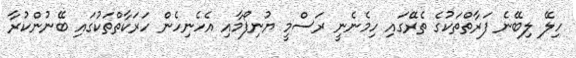
ހިލޭ ލިބޭނެ ފަރާތްތަކުގެ ތެރޭގައި ހިމެނެނީ ރަސްމީ ޔުނިފޯމާއި އެހެނިހެން ހަރަކާތްތަކުގައި ބޭނުންކުރާ